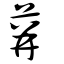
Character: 荓